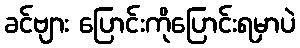
ခင်ဗျား ပြောင်းကိုပြောင်းရမှာပဲ